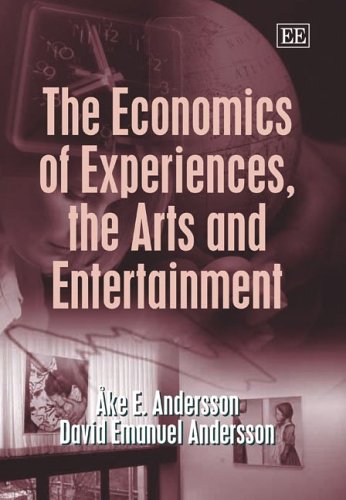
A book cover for The Economics of Experiences, the Arts and Entertainment; Ake E. Andersson; Business & Money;